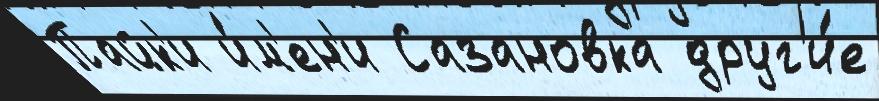
Пайк'и и́м'ен'и Сазановка друг'и́е